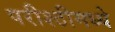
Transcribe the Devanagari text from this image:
परीश्ठीमध्ये